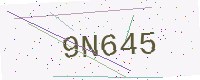
Text: 9N645